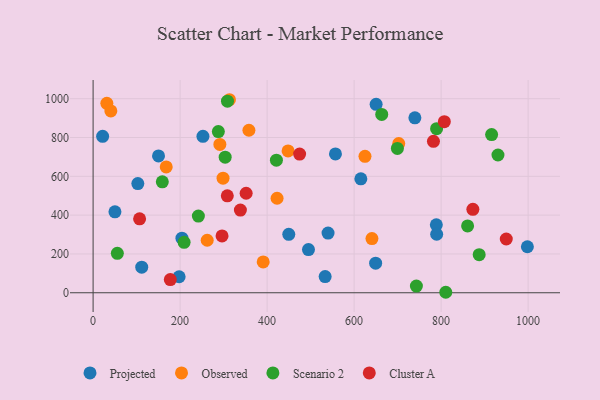
{"axis": {"x": "Engine Size", "y": "Yield"}, "legend": ["Cluster A", "Observed", "Projected", "Scenario 2"], "data": [{"x": "204.2", "y": 281.1, "type": "Projected"}, {"x": "150.4", "y": 705.0, "type": "Projected"}, {"x": "650.6", "y": 971.2, "type": "Projected"}, {"x": "739.7", "y": 901.6, "type": "Projected"}, {"x": "540.1", "y": 307.4, "type": "Projected"}, {"x": "111.8", "y": 131.8, "type": "Projected"}, {"x": "50.2", "y": 417.0, "type": "Projected"}, {"x": "449.8", "y": 301.0, "type": "Projected"}, {"x": "252.5", "y": 805.9, "type": "Projected"}, {"x": "533.4", "y": 83.2, "type": "Projected"}, {"x": "998.3", "y": 237.1, "type": "Projected"}, {"x": "197.8", "y": 82.4, "type": "Projected"}, {"x": "789.0", "y": 350.0, "type": "Projected"}, {"x": "21.9", "y": 806.1, "type": "Projected"}, {"x": "557.1", "y": 715.2, "type": "Projected"}, {"x": "102.8", "y": 562.4, "type": "Projected"}, {"x": "495.1", "y": 222.5, "type": "Projected"}, {"x": "649.5", "y": 152.2, "type": "Projected"}, {"x": "615.5", "y": 587.0, "type": "Projected"}, {"x": "789.8", "y": 301.5, "type": "Projected"}, {"x": "168.1", "y": 648.3, "type": "Observed"}, {"x": "448.2", "y": 731.0, "type": "Observed"}, {"x": "702.6", "y": 768.9, "type": "Observed"}, {"x": "641.0", "y": 279.4, "type": "Observed"}, {"x": "298.7", "y": 590.3, "type": "Observed"}, {"x": "358.2", "y": 837.4, "type": "Observed"}, {"x": "31.6", "y": 976.3, "type": "Observed"}, {"x": "291.4", "y": 764.4, "type": "Observed"}, {"x": "422.9", "y": 486.9, "type": "Observed"}, {"x": "40.8", "y": 937.0, "type": "Observed"}, {"x": "262.3", "y": 270.7, "type": "Observed"}, {"x": "391.0", "y": 158.8, "type": "Observed"}, {"x": "625.0", "y": 703.1, "type": "Observed"}, {"x": "313.4", "y": 994.7, "type": "Observed"}, {"x": "209.2", "y": 260.1, "type": "Scenario 2"}, {"x": "287.9", "y": 830.6, "type": "Scenario 2"}, {"x": "55.7", "y": 203.2, "type": "Scenario 2"}, {"x": "930.7", "y": 709.8, "type": "Scenario 2"}, {"x": "303.6", "y": 698.8, "type": "Scenario 2"}, {"x": "810.7", "y": 2.5, "type": "Scenario 2"}, {"x": "242.0", "y": 395.1, "type": "Scenario 2"}, {"x": "860.9", "y": 344.4, "type": "Scenario 2"}, {"x": "421.4", "y": 683.2, "type": "Scenario 2"}, {"x": "308.9", "y": 987.0, "type": "Scenario 2"}, {"x": "699.5", "y": 743.9, "type": "Scenario 2"}, {"x": "789.6", "y": 845.6, "type": "Scenario 2"}, {"x": "159.1", "y": 571.8, "type": "Scenario 2"}, {"x": "887.5", "y": 196.1, "type": "Scenario 2"}, {"x": "916.1", "y": 815.2, "type": "Scenario 2"}, {"x": "663.5", "y": 919.1, "type": "Scenario 2"}, {"x": "743.2", "y": 34.2, "type": "Scenario 2"}, {"x": "338.6", "y": 426.2, "type": "Cluster A"}, {"x": "807.4", "y": 881.6, "type": "Cluster A"}, {"x": "351.8", "y": 512.7, "type": "Cluster A"}, {"x": "782.4", "y": 780.5, "type": "Cluster A"}, {"x": "296.4", "y": 293.0, "type": "Cluster A"}, {"x": "474.7", "y": 714.5, "type": "Cluster A"}, {"x": "177.5", "y": 68.1, "type": "Cluster A"}, {"x": "949.8", "y": 277.1, "type": "Cluster A"}, {"x": "308.5", "y": 499.7, "type": "Cluster A"}, {"x": "106.9", "y": 381.2, "type": "Cluster A"}, {"x": "873.0", "y": 429.9, "type": "Cluster A"}]}